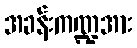
အခန်းကဏ္ဍအား